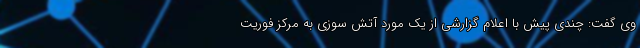
وی گفت: چندی پیش با اعلام گزارشی از یک مورد آتش سوزی به مرکز فوریت